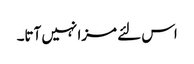
اس لئے مزا نہیں آتا۔